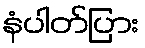
နံပါတ်ပြား